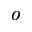
o